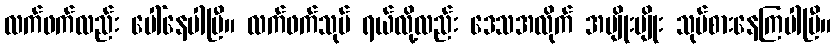
လက်ဖက်လည်း ပေါ်နေပါပြီ။ လက်ဖက်သုပ် ရယ်လို့လည်း ဒေသအလိုက် အမျိုးမျိုး သုပ်စားနေကြပါပြီ။